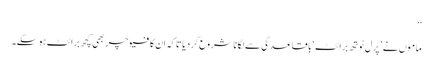
‘‘
ماموں نے ’ پرل ٹوتھ برائٹ‘ باقاعدگی سے لگانا شروع کردیا تاکہ ان کا فیوچر بھی کچھ برائٹ ہوسکے۔